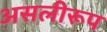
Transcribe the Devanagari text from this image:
असलीरूप